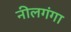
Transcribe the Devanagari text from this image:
नीलगंगा